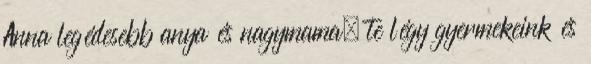
Anna legédesebb anya és nagymama, te légy gyermekeink és